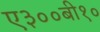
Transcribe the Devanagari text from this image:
ए३००बी१०